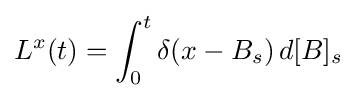
L^{x}(t)=\int _{0}^{t}\delta (x-B_{s})\,d[B]_{s}